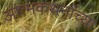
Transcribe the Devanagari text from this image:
आत्मकथनांच्या